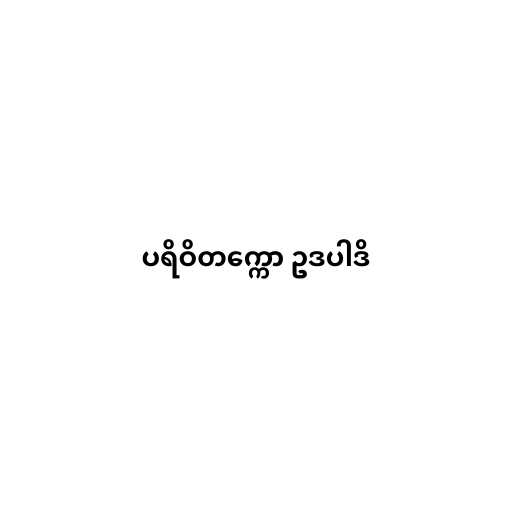
ပရိဝိတက္ကော ဥဒပါဒိ